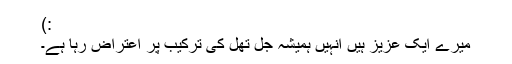
:)
میرے ایک عزیز ہیں انہیں ہمیشہ جل تھل کی ترکیب پر اعتراض رہا ہے۔